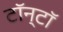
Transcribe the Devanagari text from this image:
टॉन्टॉ